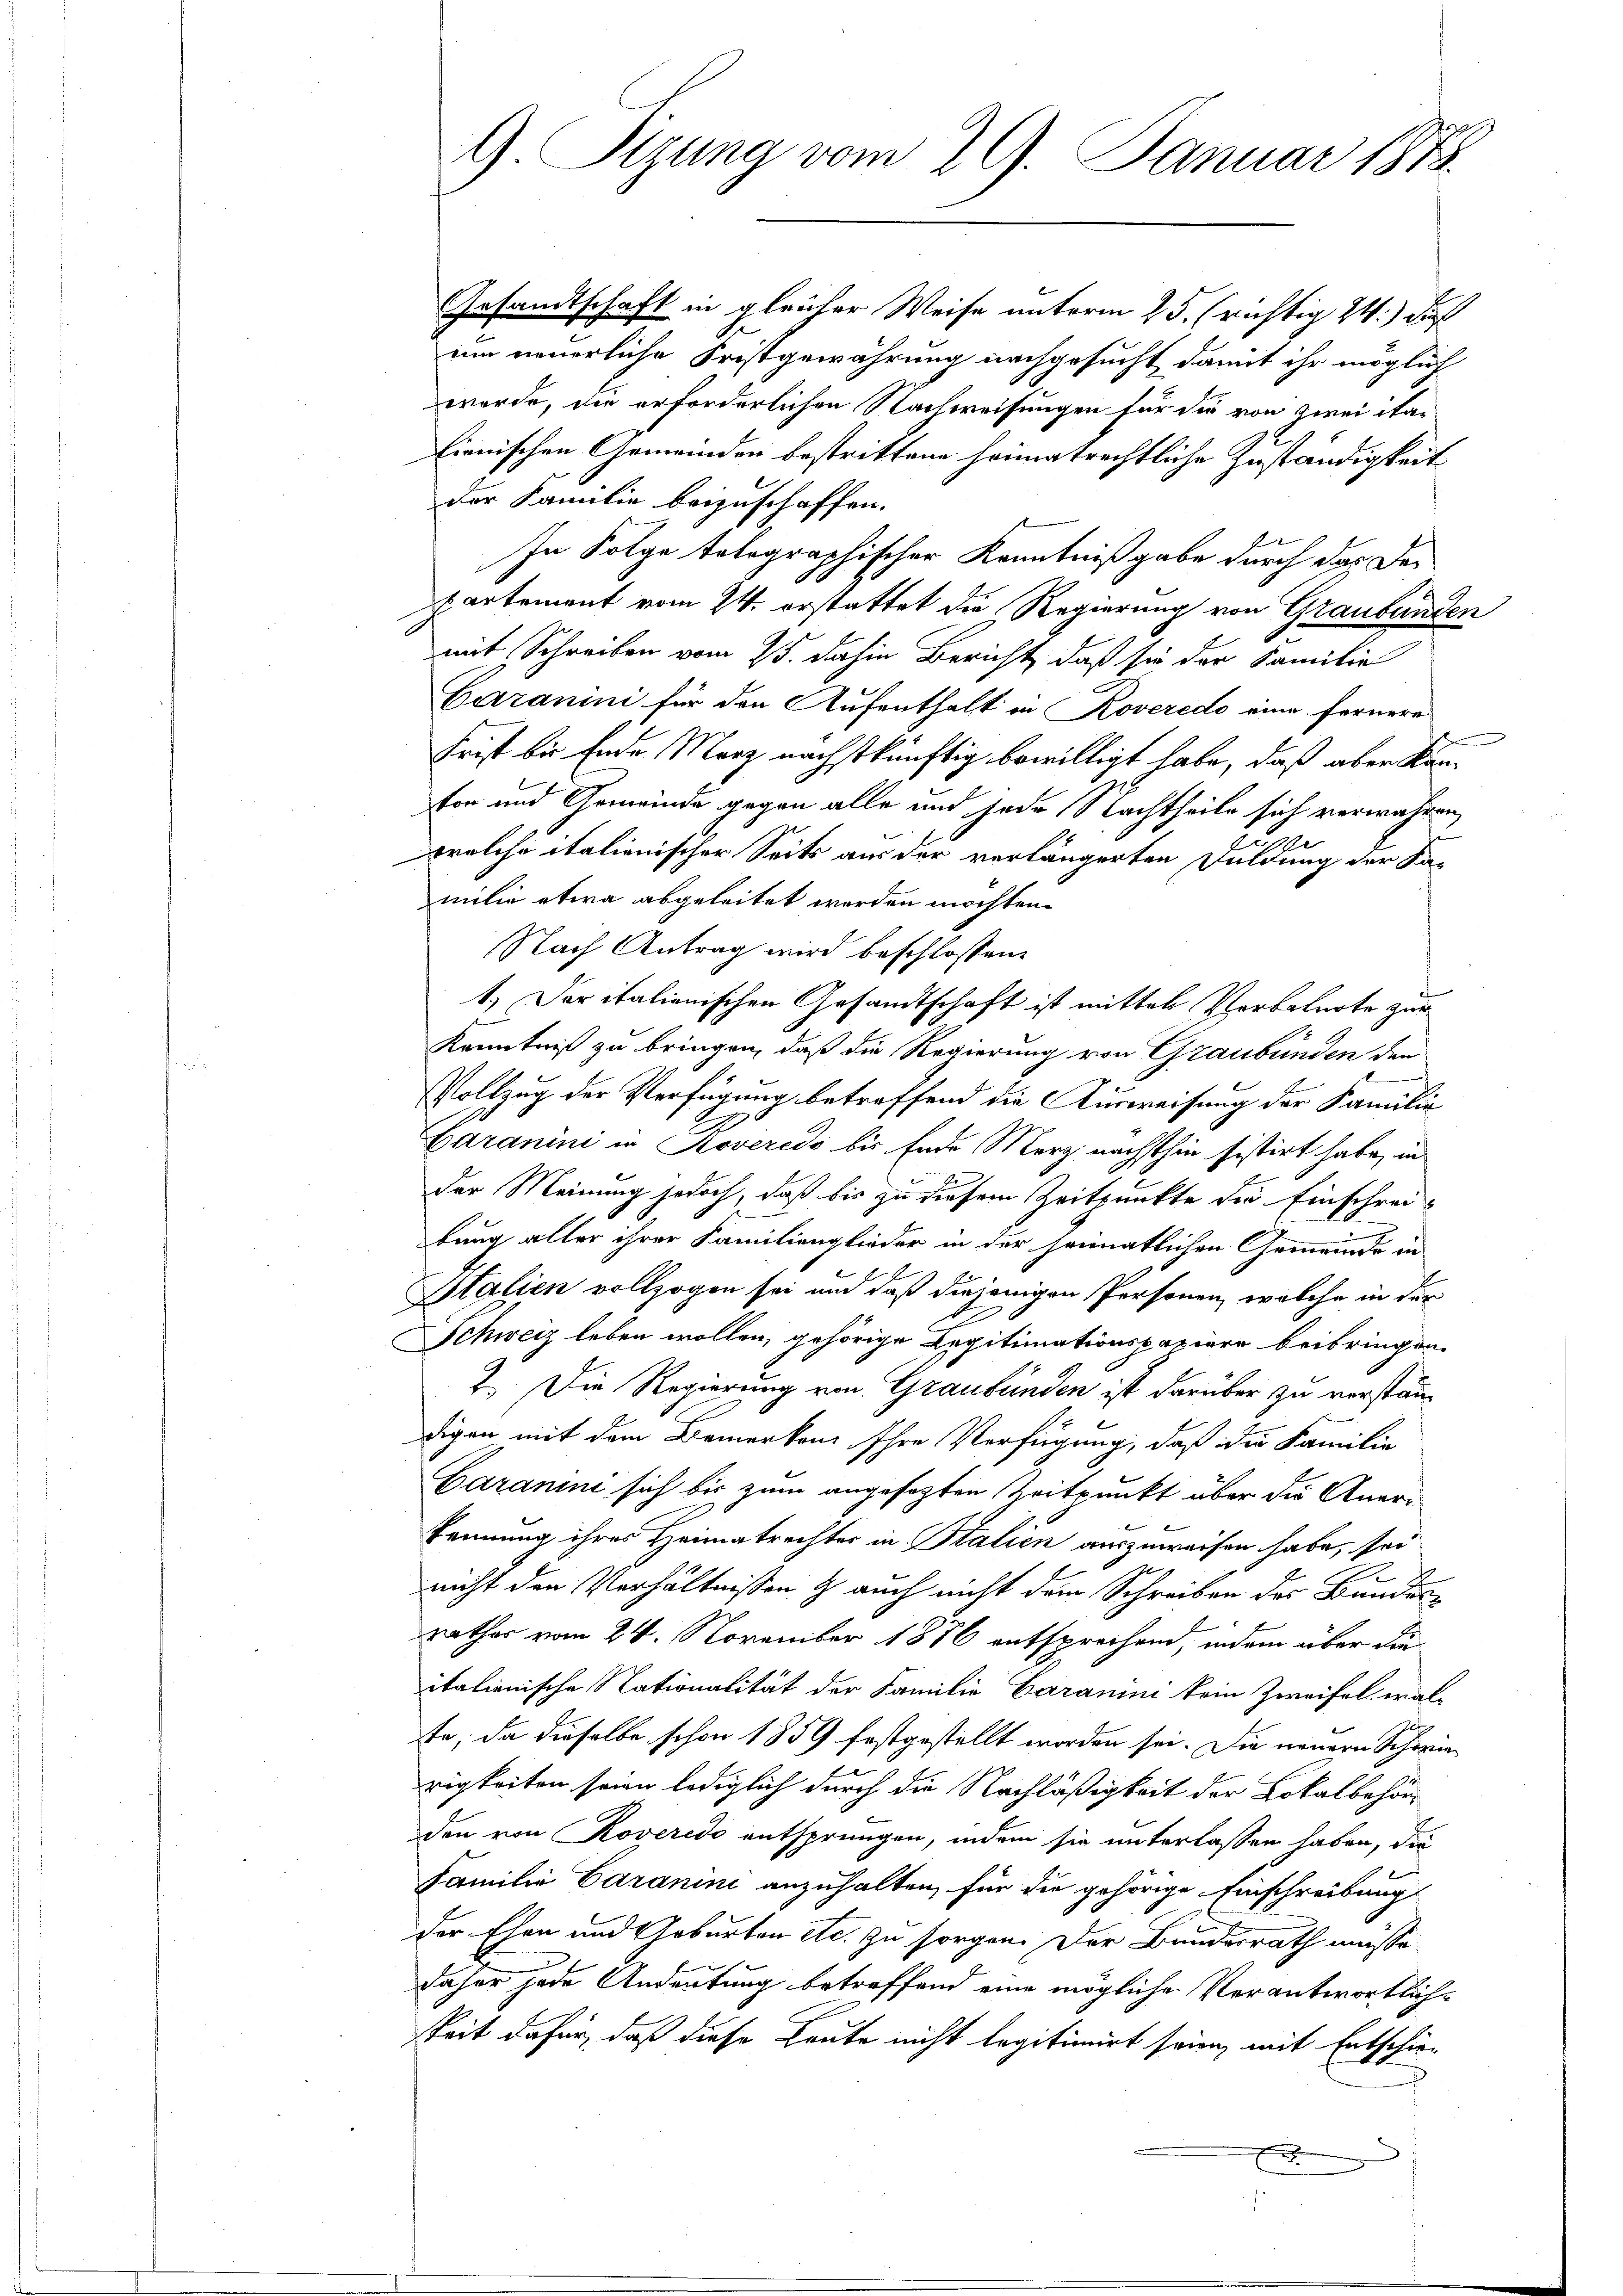
9 Sizung vom 29. Januar 1878.

Gesandtschaft in gleicher Weise unterm 25. richtig 24.) daß
um neuerliche Fristgewährung nachgesucht damit ihr möglich
wurde, die erforderlichen Nachweisungen für die von zwei itar-
lienischen Gemeinden bestrittene heimatrechtliche Zuständigkeit
der Familie beizuschaffen.
In Folge tolographischer Kenntnißgabe durch das der
partement vom 24. erstattet die Regierung von Graubünden
mit Schreiben vom 15. dahin Bericht, daß sie der Familie
Garanini für den Aufenthalt in Roveredo eine fernere
Frist bis Ende Merz nächstkünftig bewilligt habe, daß aber Kantor und Gemeinde gegen alle und jede Nachtheile sich verwahren,
welche italienischer Seits aus der verlängerten Fuldung der Fa-
milie etwa abgeleitet worden möchten.
Nach Antrag wird beschlossen:
1.) Der italienischen Gesandtschaft ist mittel Verbalnote zur
Kenntniß zu bringen, daß die Regierung von Graubünden den
Vollzug der Verfügung betreffend die Ausweisung der Familie
Garanini in Koveredo bis Ende Merz nächsthin sistirt habe, in
der Meinung jedoch, daß bis zu diesem Zeitpunkte die Einschreibung aller ihrer Familienglieder in der heimatlichen Gemeinde in
Italien vollzogen sei und daß diejenigen Personen, welche in der
Schweiz leben wollen, gehörige Legitimationspapiere beibringen.
2. Die Regierung von Graubünden ist darüber zu verständigen mit dem Bemerken Ihre Verfügung, daß die Familie
Garanini sich bis zum angesetzten Zeitpunkt über die Aneri
kennung ihres Heimatrechter in Stalien auszuweisen habe, sei
e
nicht den Verhältnissen & auch nicht dem Schreiben des Bundenrathes vom 24. November 1876 entsprechend, indem über die
italienische Nationalität der Familie Garanini kein Zweifel, wal-
te, da dieselbe schon 1859 festgestellt worden sei. Die neuern Schrierigkeiten seien lediglich durch die Nachläßigkeit der Lokalbehörden von Roveredo entsprungen, indem sie unterlassen haben, die
Familie Garanini anzuhalten, für die gehörige Einschreibung
der Ehen und Geburten etc. zu sorgen. Der Bundesrath müsse
daher jede Andeutung betreffend eine mögliche Verantwortlichkeit dafür, daß diese Leute nicht legitimirt seien, mit Entschiex
“